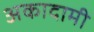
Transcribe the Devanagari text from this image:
अकादामी